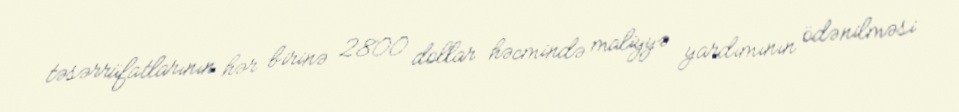
təsərrüfatlarının hər birinə 2800 dollar həcmində maliyyə yardımının ödənilməsi